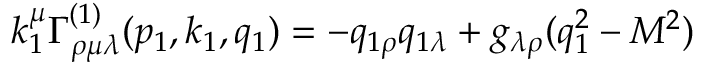
k _ { 1 } ^ { \mu } \Gamma _ { \rho \mu \lambda } ^ { ( 1 ) } ( p _ { 1 } , k _ { 1 } , q _ { 1 } ) = - q _ { 1 \rho } q _ { 1 \lambda } + g _ { \lambda \rho } ( q _ { 1 } ^ { 2 } - M ^ { 2 } )